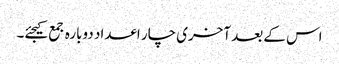
اس کے بعد آخری چار اعداد دوبارہ جمع کیجئے۔